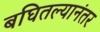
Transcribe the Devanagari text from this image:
बघितल्यानंतर